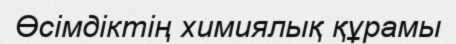
Өсімдіктің химиялық құрамы